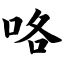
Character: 咯